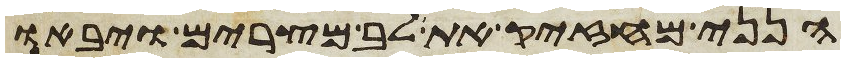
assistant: הנני מחזיק את לב מצרים ויבאו